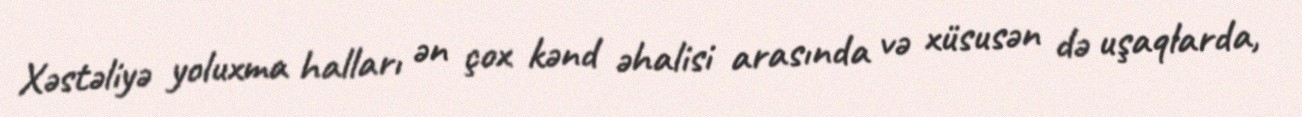
Xəstəliyə yoluxma halları ən çox kənd əhalisi arasında və xüsusən də uşaqlarda,